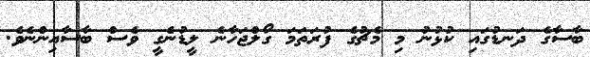
ބާސާގެ ދަނޑުގައި ކުޅުނު މި މެޗުގެ ފުރަތަމަ ގޯލްޖަހާނެ ލީޑުނެގީ ވެސް ބާސާއިންނެވެ.